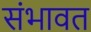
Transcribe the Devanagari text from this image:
संभावत